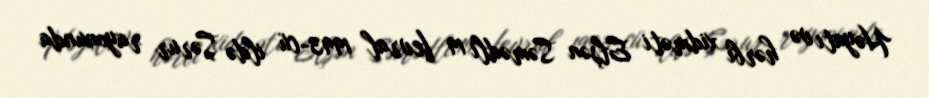
Həyatı və hərbi xidməti Elşən Səmədli 19 fevral 1993-cü ildə Şərur rayonunda